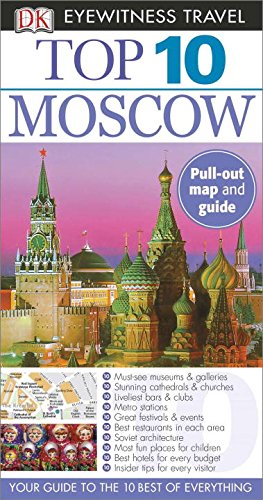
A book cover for Top 10 Moscow (Eyewitness Top 10 Travel Guide); DK Publishing; Travel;